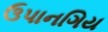
ઉપાનગિય